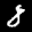
Label: 8